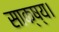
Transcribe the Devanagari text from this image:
साक्ष्य।